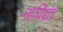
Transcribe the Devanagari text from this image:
नाविद्या